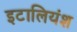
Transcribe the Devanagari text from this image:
इटालियंश